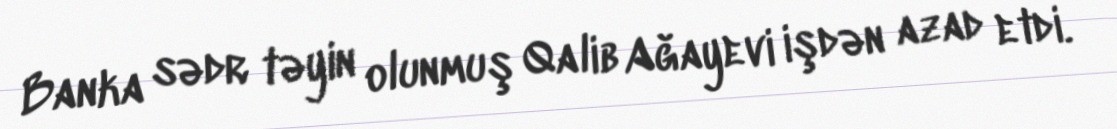
Banka sədr təyin olunmuş Qalib Ağayevi işdən azad etdi.